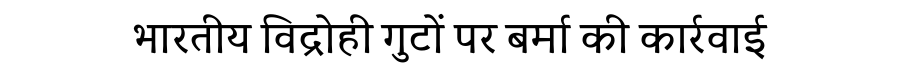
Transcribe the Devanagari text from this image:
भारतीय विद्रोही गुटों पर बर्मा की कार्रवाई